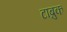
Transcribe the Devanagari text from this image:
टाब्रुक